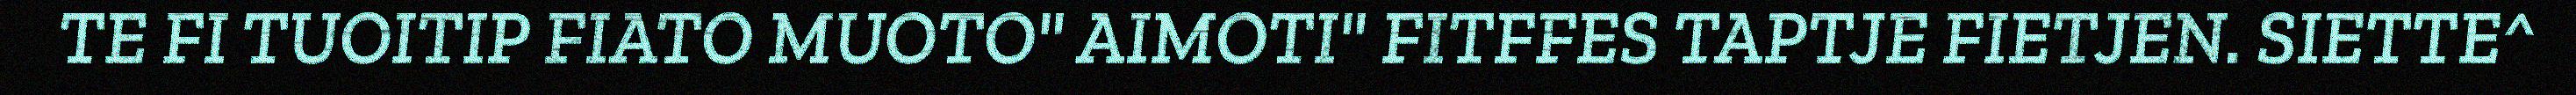
TE FI TUOITIP FIATO MUOTO" AIMOTI" FITFFES TAPTJE FIETJEN. SIETTE^